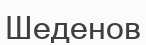
Шеденов